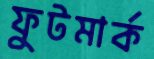
ফুটমার্ক